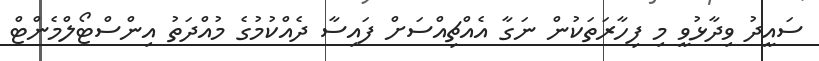
ސައީދު ވިދާޅުވީ މި ފިހާރަތަކުން ނަގާ އެއްޗިއްސަށް ފައިސާ ދެއްކުމުގެ މުއްދަތު އިންސްޓޯލްމެންޓް